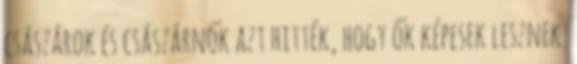
császárok és császárnők azt hitték, hogy ők képesek lesznek.